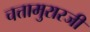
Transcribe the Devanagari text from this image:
चत्तामुरारजी